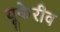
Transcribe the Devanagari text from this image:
यूकेरीव